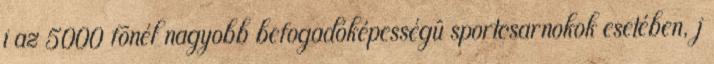
i az 5000 fõnél nagyobb befogadóképességû sportcsarnokok esetében, j